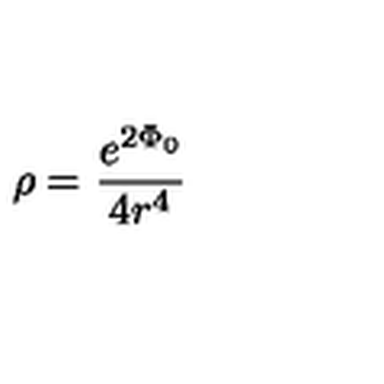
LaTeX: \rho = \frac { e ^ { 2 \Phi _ { 0 } } } { 4 r ^ { 4 } }